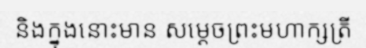
និងក្នុងនោះមាន សម្តេចព្រះមហាក្សត្រី